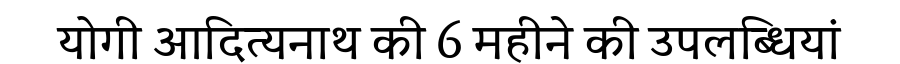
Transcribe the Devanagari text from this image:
योगी आदित्यनाथ की 6 महीने की उपलब्धियां